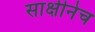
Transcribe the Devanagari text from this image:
साक्षीनेच